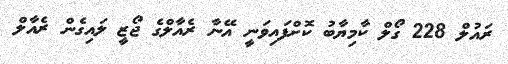
ރައުލް 228 ގޯލް ކާމިޔާބު ކޮށްފައިވަނީ އޭނާ ރެއާލްގެ ޖޯޒީ ލައިގެން ރެއާލް